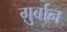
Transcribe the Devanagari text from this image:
ग़ुर्बान